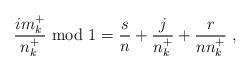
LaTeX: \begin{align*}\frac{i m_k^+}{n_k^+} {\rm ~mod~} 1 = \frac{s}{n} + \frac{j}{n_k^+} + \frac{r}{n n_k^+} \;,\end{align*}